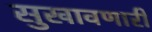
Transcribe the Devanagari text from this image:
सुखावणारी